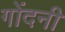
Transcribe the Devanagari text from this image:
गोंदनी